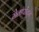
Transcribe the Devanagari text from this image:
मेतापोंतुम